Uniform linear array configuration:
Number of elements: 32
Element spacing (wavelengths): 0.75
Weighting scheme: binomial
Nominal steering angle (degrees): -15
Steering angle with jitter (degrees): -13.957
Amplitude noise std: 0.05
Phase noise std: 0.05

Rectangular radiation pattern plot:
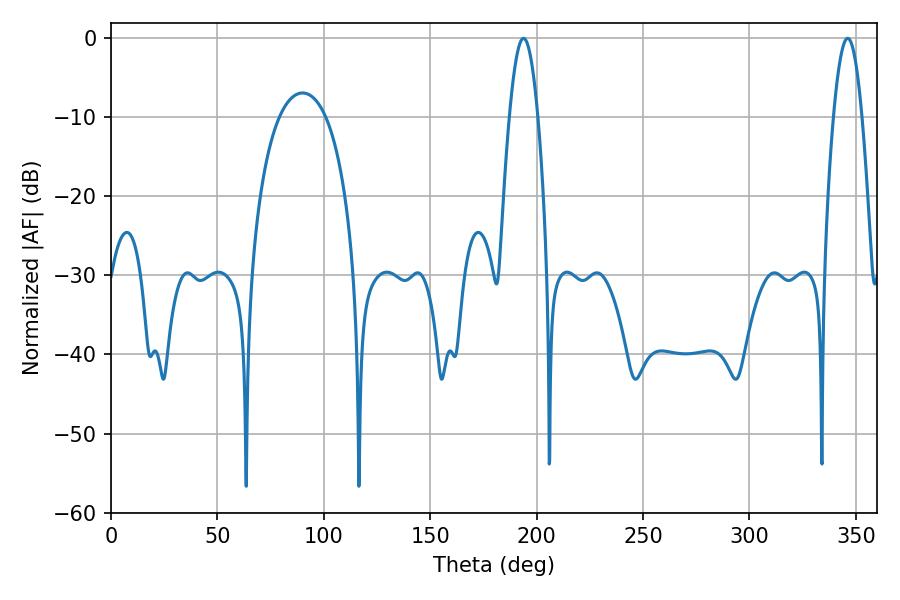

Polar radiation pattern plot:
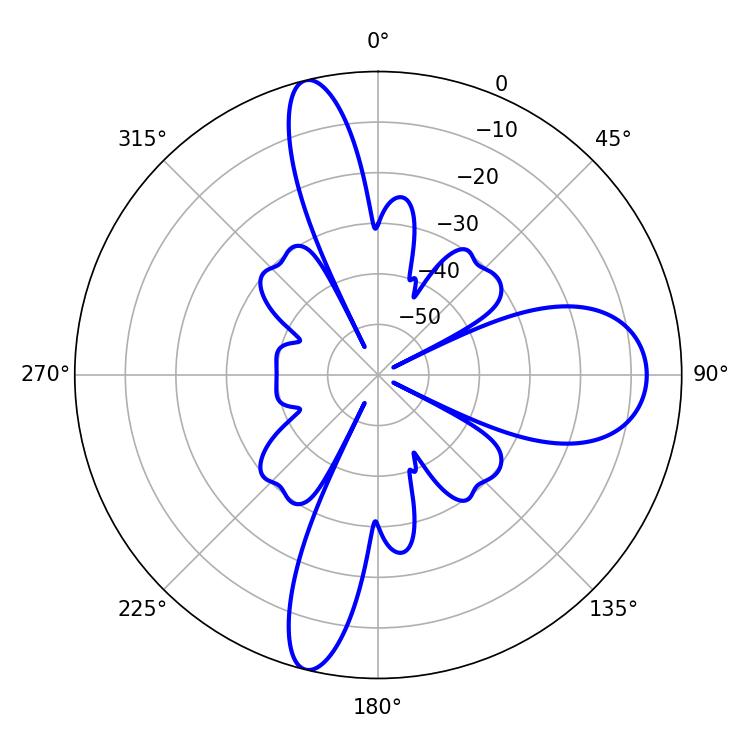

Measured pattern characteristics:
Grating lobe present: TRUE
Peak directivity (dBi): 22.229
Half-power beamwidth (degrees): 7.2
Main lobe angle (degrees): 193.86